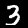
Label: 3